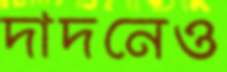
দাদনেও